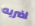
اضربه